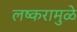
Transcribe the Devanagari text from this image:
लष्करामुळे